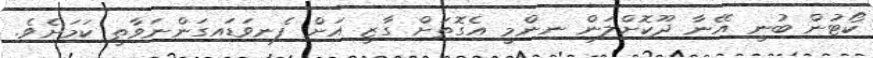
ކޯޓުން ބުނީ އޭނާ ދޫކޮށްލަން ނިންމީ އެގޮތަށް ގާޒީ އަށް ފެނިވަޑައިގަންނަވާތީ ކަމަށެވެ.